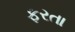
ફરતા